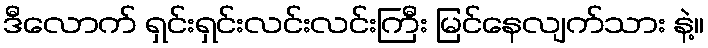
ဒီလောက် ရှင်းရှင်းလင်းလင်းကြီး မြင်နေလျက်သား နဲ့။